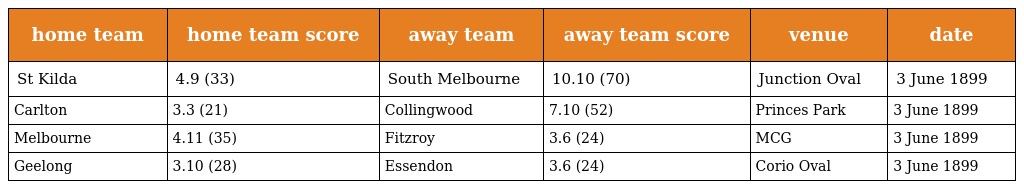
| home team | home team score | away team | away team score | venue | date |
 | --- | --- | --- | --- | --- | --- |
 | St Kilda | 4.9 (33) | South Melbourne | 10.10 (70) | Junction Oval | 3 June 1899 |
 | Carlton | 3.3 (21) | Collingwood | 7.10 (52) | Princes Park | 3 June 1899 |
 | Melbourne | 4.11 (35) | Fitzroy | 3.6 (24) | MCG | 3 June 1899 |
 | Geelong | 3.10 (28) | Essendon | 3.6 (24) | Corio Oval | 3 June 1899 |